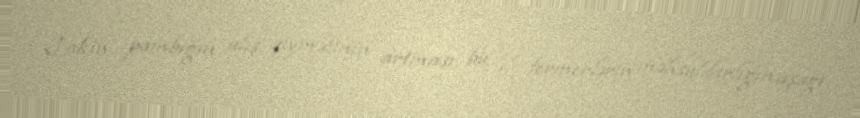
Lakin pambığın alış qiymətinin artması bu il fermerlərin məhsuldarlığın aşağı